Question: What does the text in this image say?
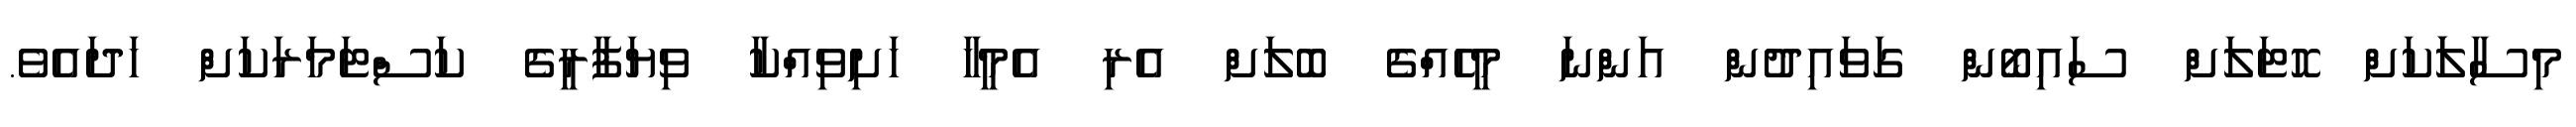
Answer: މިސާލަަކަށް ހޮޓަލަށް ސައިބޯން ގަވައިދުން އަންނަ މީހެއްގެ ބޮލަށް އެރި އެމީހާ ހަށިވިއްކާ ވިޔަފާރީގެ ކަސްޓަމަރަކަށް ހަދައެވެ.